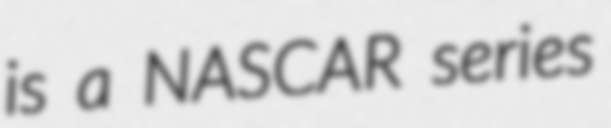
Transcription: is a NASCAR series